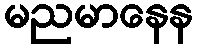
မညမာနေန